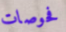
فحوصات